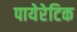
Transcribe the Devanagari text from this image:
पायेरेटिक